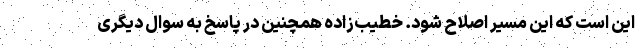
این است که این مسیر اصلاح شود. خطیب‌زاده همچنین در پاسخ به سوال دیگری